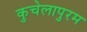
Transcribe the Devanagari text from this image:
कुचेलापुरम